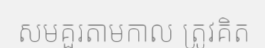
សមគួរតាមកាល ត្រូវគិត